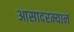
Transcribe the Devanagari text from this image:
आसादरम्यान